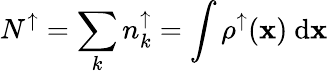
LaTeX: N^{\uparrow}=\sum_{k}{n_{k}^{\uparrow}}=\int{\rho^{\uparrow}({\mathbf x})\ \mathrm{d}{\mathbf x}}